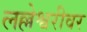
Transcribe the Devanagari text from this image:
लल्लेश्वरीवर